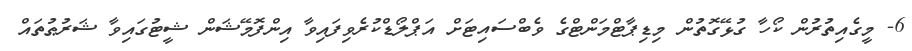
6- މީގެއިތުރުން ކޯހާ ގުޅޭގޮތުން މިޑިޕާޓްމަންޓްގެ ވެބްސައިޓަށް އަޕްލޯޑްކުރެވިފައިވާ އިންފޮމޭޝަން ޝީޓުގައިވާ ޝަރުޠުތައް